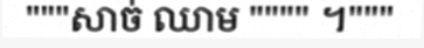
"""សាច់ ឈាម """" ។"""